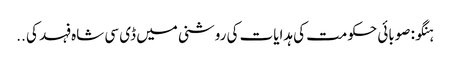
ہنگو: صوبائی حکومت کی ہدایات کی روشنی میں ڈی سی شاہ فہد کی ..